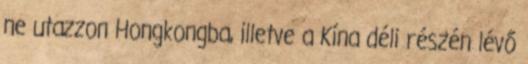
ne utazzon Hongkongba, illetve a Kína déli részén lévő